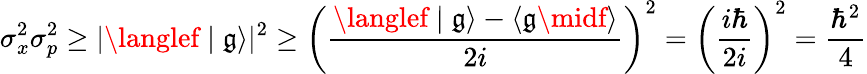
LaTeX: \sigma_{x}^{2}\sigma_{p}^{2}\geq|\langlef\mid\mathfrak{g}\rangle|^{2}\geq\left({\frac{{\langlef\mid\mathfrak{g}\rangle-\langle\mathfrak{g}\midf\rangle}}{{2i}}}\right)^{2}=\left({\frac{{i\hbar}}{{2i}}}\right)^{2}={\frac{{\hbar^{2}}}{{4}}}